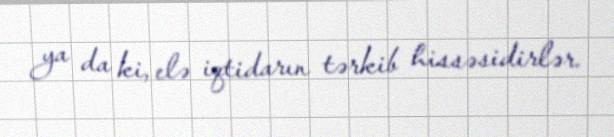
ya da ki, elə iqtidarın tərkib hissəsidirlər.